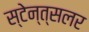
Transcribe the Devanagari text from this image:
स्टेन्त्सलर